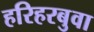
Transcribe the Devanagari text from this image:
हरिहरबुवा